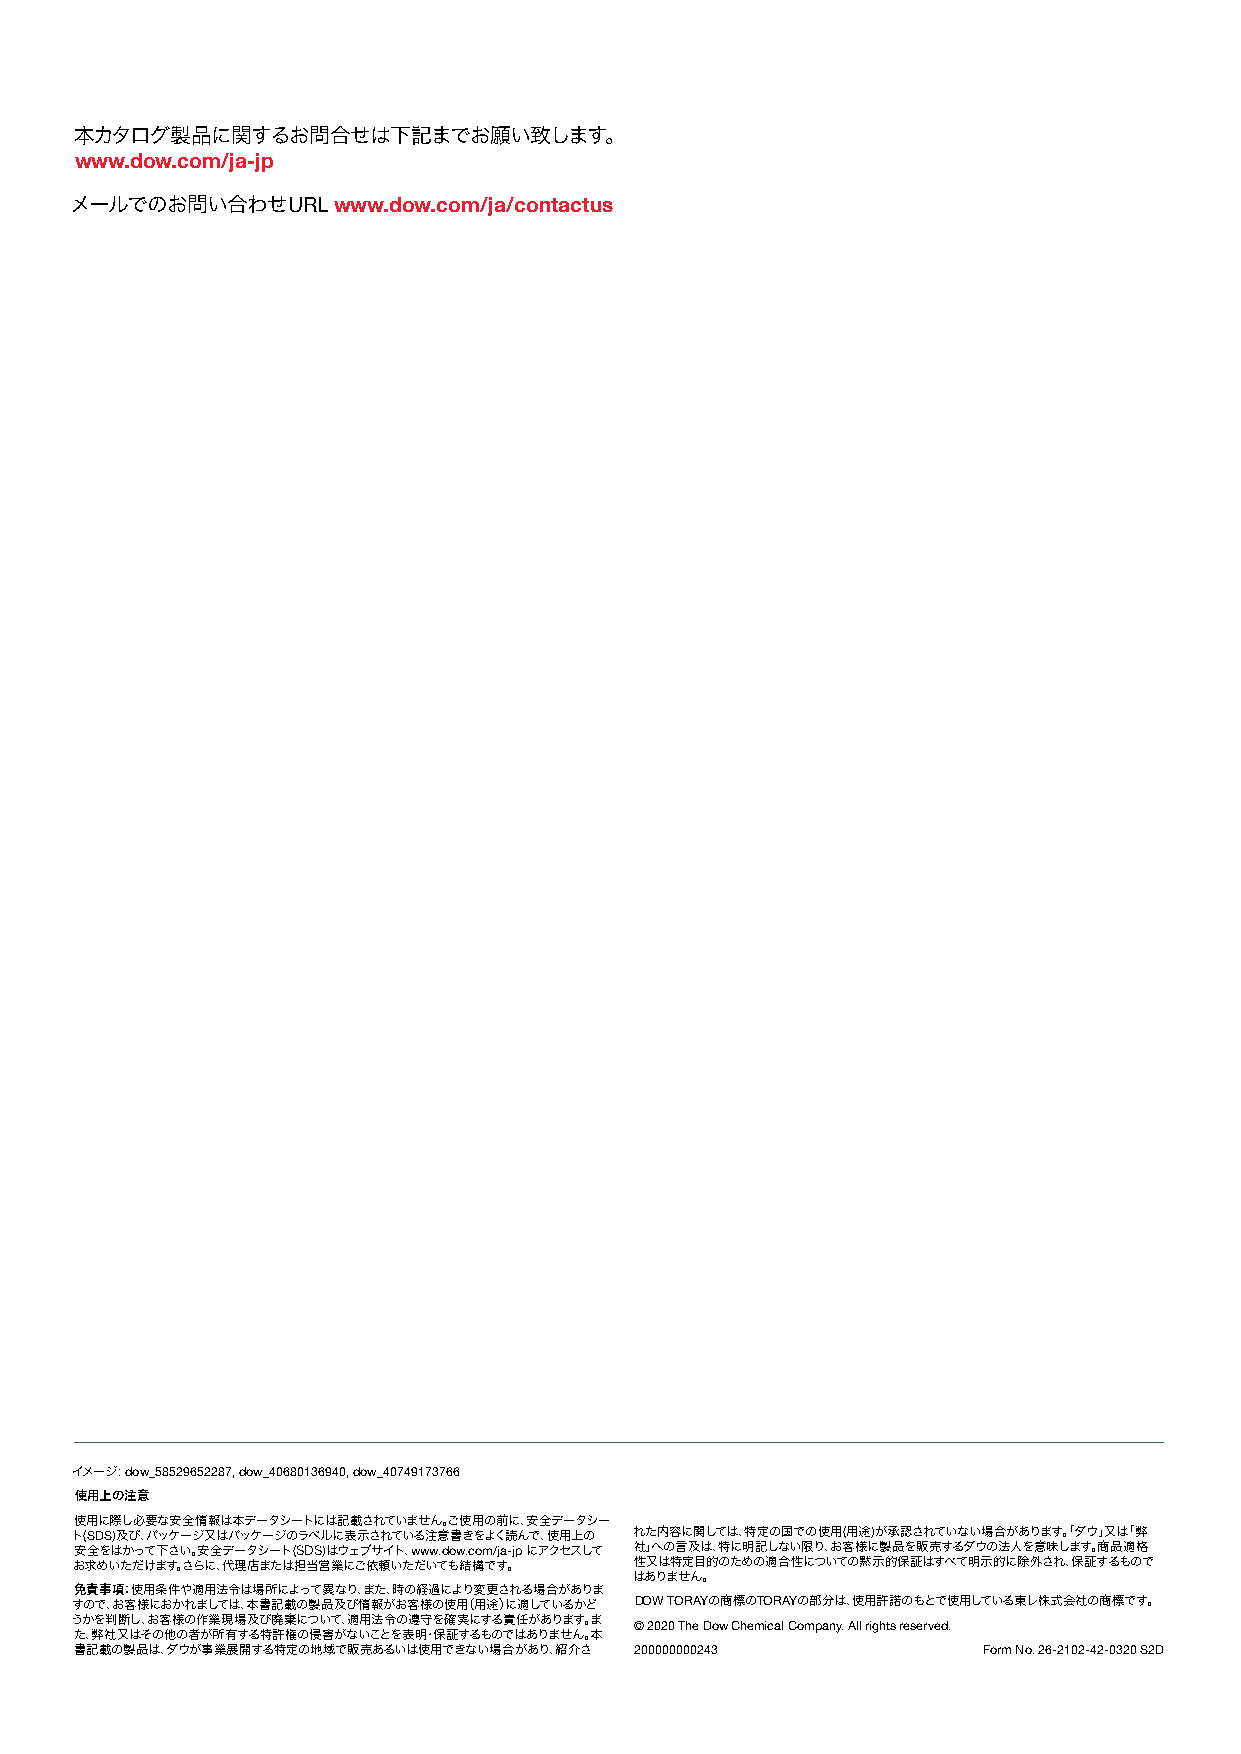
本カタログ製品に関するお問合せは下記までお願い致します。
 www.dow.com/ja-jp
 メールでのお問い合わせURL   www.dow.com/ja/contactus
 イメージ: dow_58529652287, dow_40680136940, dow_40749173766
 使用上の注意
 使用に際し必要な安全情報は本データシートには記載されていません。ご使用の前に、安全データシー
 ト(SDS)及び、パッケージ又はパッケージのラベルに表示されている注意書きをよく読んで、使用上の れた内容に関しては、特定の国での使用(用途)が承認されていない場合があります。「ダウ」又は「弊
 安全をはかって下さい。安全データシート(SDS)はウェブサイト、www.dow.com/ja-jp にアクセスして 社」への言及は、特に明記しない限り、お客様に製品を販売するダウの法人を意味します。商品適格
 お求めいただけます。さらに、代理店または担当営業にご依頼いただいても結構です。 性又は特定目的のための適合性についての黙示的保証はすべて明示的に除外され、保証するもので
 はありません。
 免責事項：使用条件や適用法令は場所によって異なり、また、時の経過により変更される場合がありま
 すので、お客様におかれましては、本書記載の製品及び情報がお客様の使用（用途）に適しているかど DOW TORAYの商標のTORAYの部分は、使用許諾のもとで使用している東レ株式会社の商標です。
 うかを判断し、お客様の作業現場及び廃棄について、適用法令の遵守を確実にする責任があります。ま
 © 2020 The Dow Chemical Company. All rights reserved.
 た、弊社又はその他の者が所有する特許権の侵害がないことを表明・保証するものではありません。本
 書記載の製品は、ダウが事業展開する特定の地域で販売あるいは使用できない場合があり、紹介さ 200000000243   Form No. 26-2102-42-0320 S2D